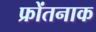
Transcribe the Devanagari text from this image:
फ्रोंतनाक